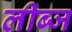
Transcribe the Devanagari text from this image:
लीब्ज